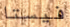
فيستا